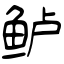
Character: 鲈